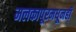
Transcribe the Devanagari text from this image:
मलकापूरमधूनही